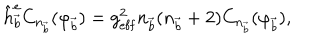
\hat { h } _ { \vec { b } } ^ { \mathrm { e } } C _ { n _ { \vec { b } } } ( \varphi _ { \vec { b } } ) = g _ { \mathrm { e f f } } ^ { 2 } n _ { \vec { b } } ( n _ { \vec { b } } + 2 ) C _ { n _ { \vec { b } } } ( \varphi _ { \vec { b } } ) ,